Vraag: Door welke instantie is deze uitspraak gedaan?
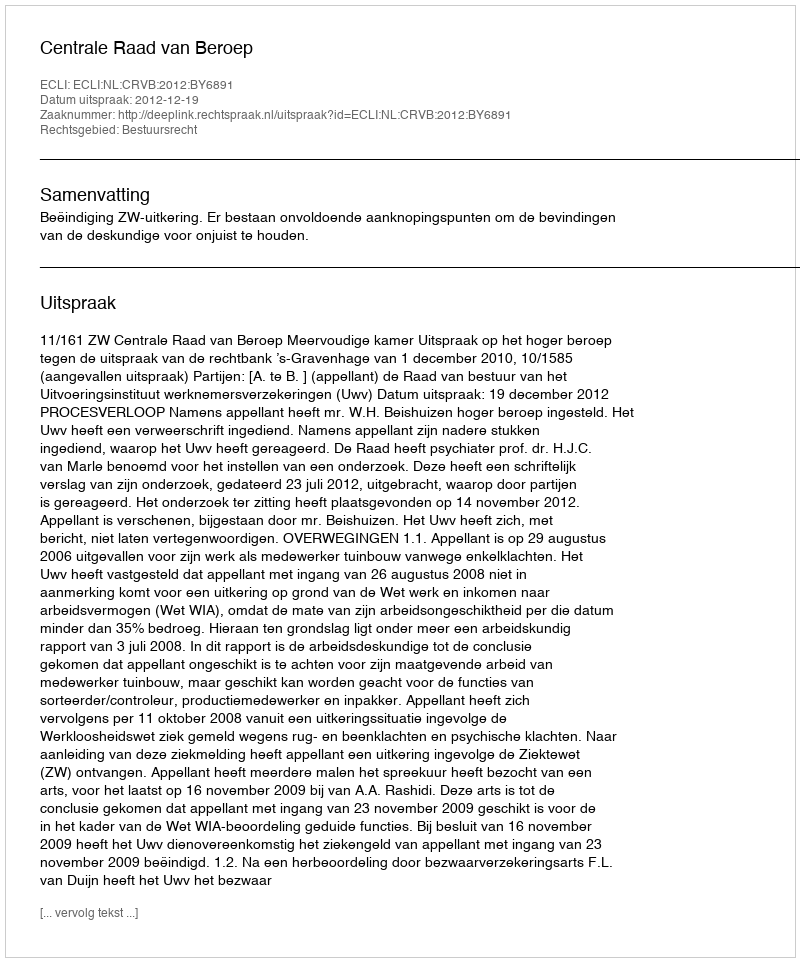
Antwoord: Centrale Raad van Beroep